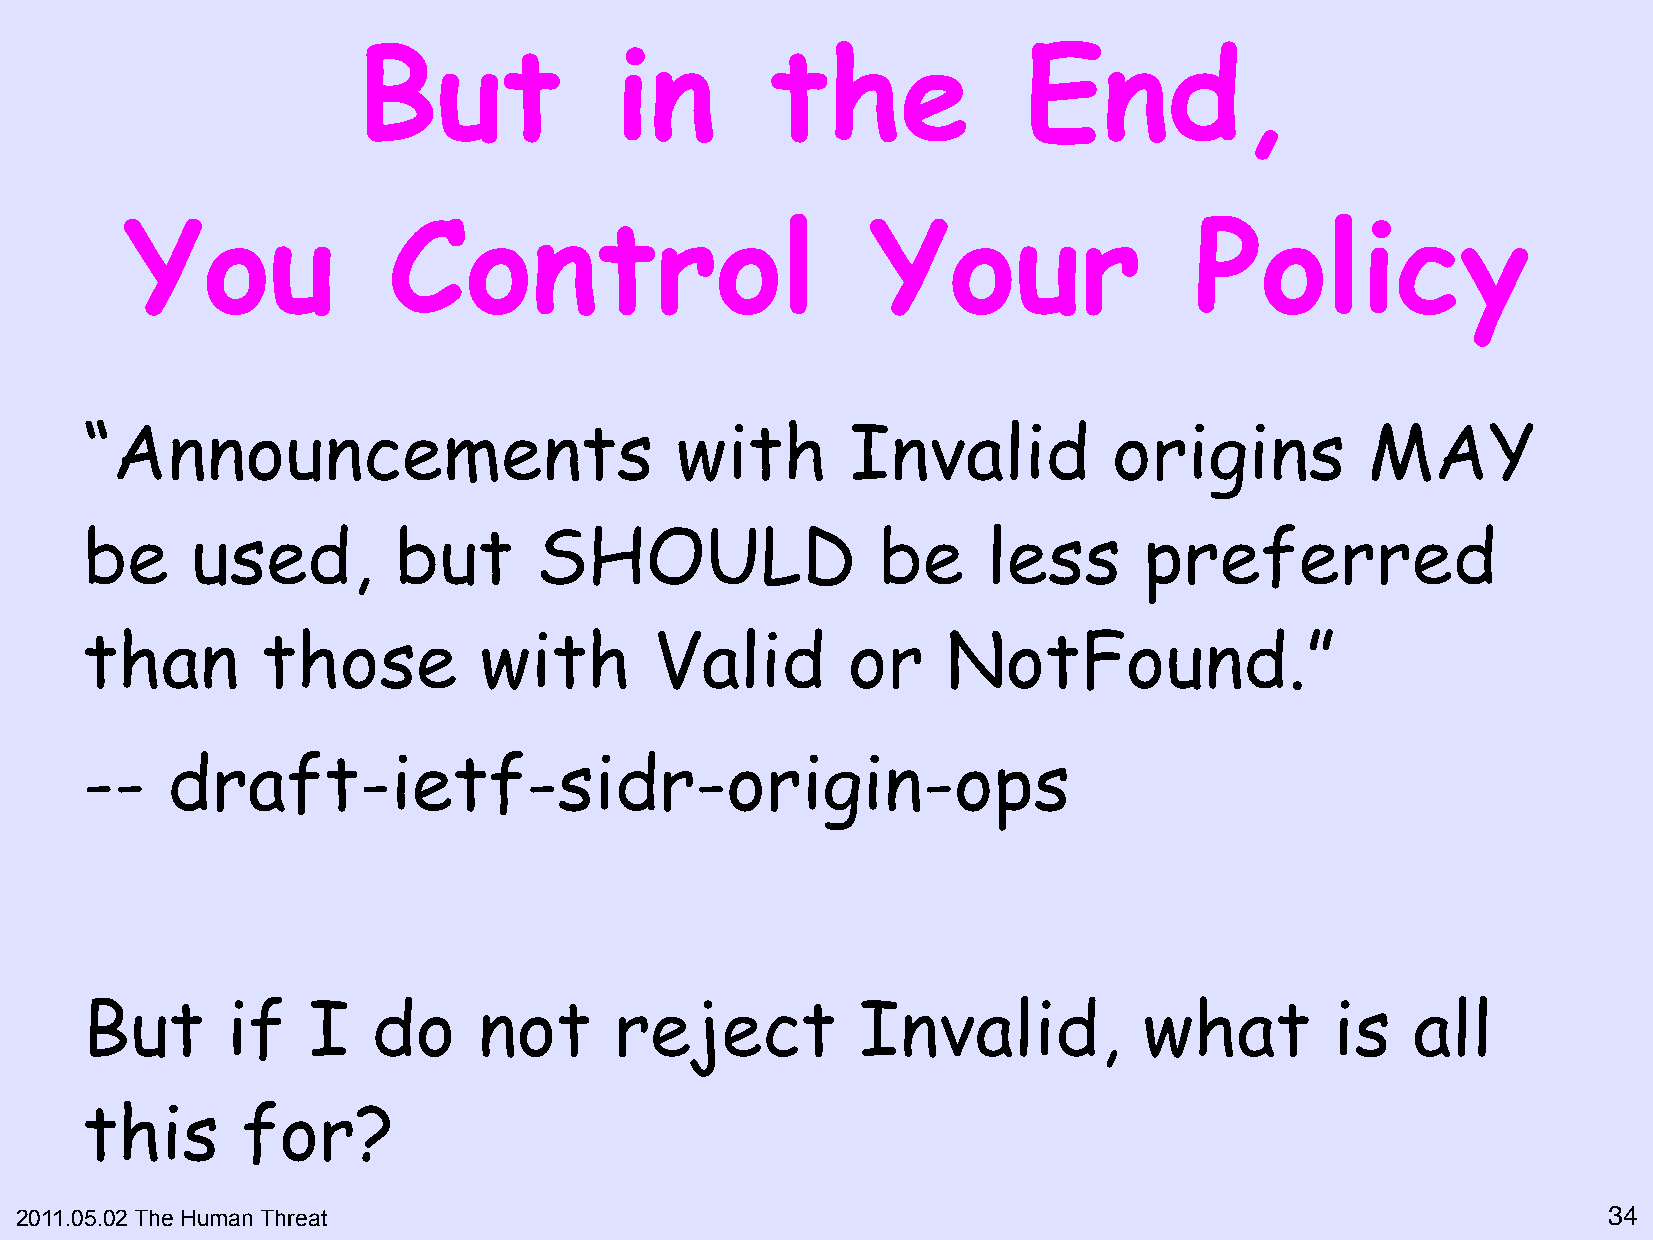
But              in        the              End,
 You               Control                         Your                 Policy
 “Announcements                          with       Invalid           origins         MAY
 be      used,        but      SHOULD                 be     less       preferred
 than        those          with       Valid        or     NotFound.”
 --    draft-ietf-sidr-origin-ops
 But       if   I    do     not      reject          Invalid,           what        is    all
 this       for?
 2011.05.02 The Human Threat                                                                              34"